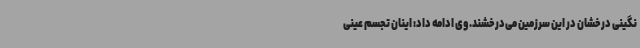
نگینی درخشان در این سرزمین می‌درخشند. وی ادامه داد: اینان تجسم عینی